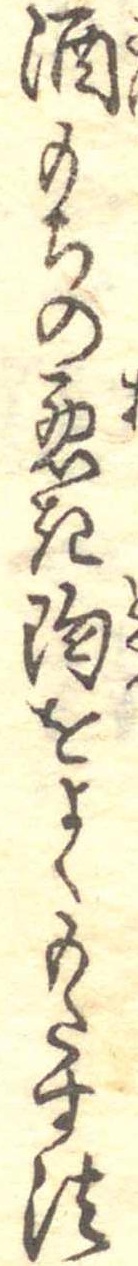
酒もちの悪き陶をよくもたす法